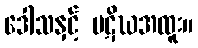
ဒေါသနှင့် ပဋိဃအထူး။